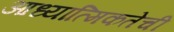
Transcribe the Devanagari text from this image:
आध्यात्मिकतेची